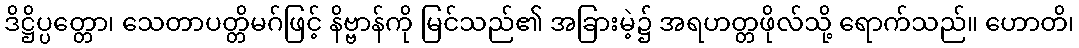
ဒိဋ္ဌိပ္ပတ္တော၊ သေတာပတ္တိမဂ်ဖြင့် နိဗ္ဗာန်ကို မြင်သည်၏ အခြားမဲ့၌ အရဟတ္တဖိုလ်သို့ ရောက်သည်။ ဟောတိ၊